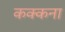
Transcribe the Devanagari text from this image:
कक्कना